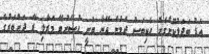
އަޑު ބަދަލުކޮށްގެން ހެކިބަސް ދެމުން އޭނާ ބުނީ ހުސޭނުބޭ މަރާލި ރޭ ދަންވަރުގެ